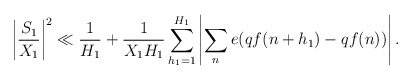
\begin{align*}\left| \frac{S_1}{ X_1} \right|^2 \ll \frac{1}{ H_1} + \frac{1}{ X_1 H_1} \sum_{ h_1 =1}^{ H_1} \left| \sum_{n} e(qf(n+h_1) - q f(n)) \right|.\end{align*}